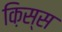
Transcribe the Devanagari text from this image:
क़िस्स